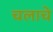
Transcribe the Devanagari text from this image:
चलाचे